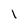
Character: l